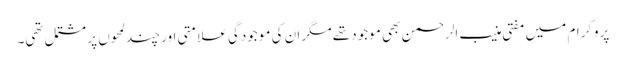
پروگرام میں مفتی منیب الرحمن بھی موجود تھے مگر ان کی موجودگی علامتی اور چند لمحوں پر مشتمل تھی۔